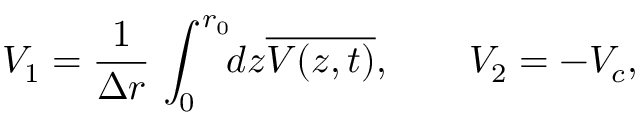
V _ { 1 } = \frac { 1 } { \Delta r } \, \int _ { 0 } ^ { r _ { 0 } } \! \! d z \overline { { { V ( z , t ) } } } , \quad \quad V _ { 2 } = - V _ { c } ,